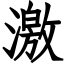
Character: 激